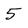
Character: 5